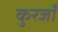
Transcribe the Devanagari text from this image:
कुरजाँ